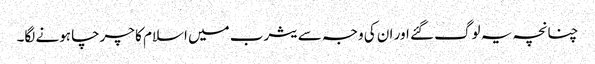
چنانچہ یہ لوگ گئے اور ان کی وجہ سے یثرب میں اسلام کا چرچا ہونے لگا۔